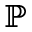
\mathbb { P }